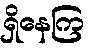
ရှိနေကြ